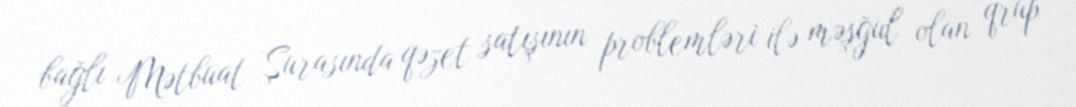
bağlı Mətbuat Şurasında qəzet satışının problemləri ilə məşğul olan qrup